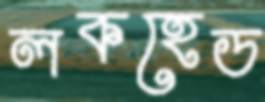
লকহেড